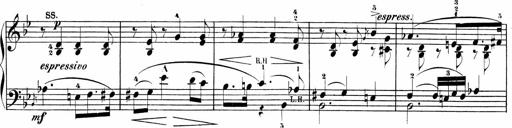
Title: Sonatinen Op.47, 98 und 136, nebst 6 Liedersonatinen
Composer: Carl Reinecke